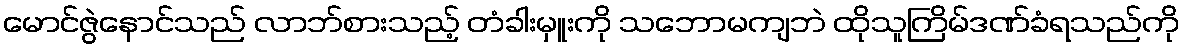
မောင်ဇွဲနောင်သည် လာဘ်စားသည့် တံခါးမှူးကို သဘောမကျဘဲ ထိုသူကြိမ်ဒဏ်ခံရသည်ကို